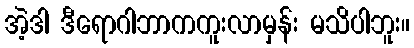
အဲ့ဒါ ဒီရောဂါဘာကကူးလာမှန်း မသိပါဘူး။